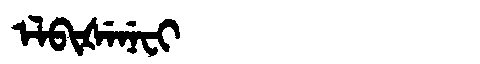
Manchu: ᡝᠯᠪᡳᡧᡝᠨᡝᠸᡳ
Romanization: ELBIŠENEFI